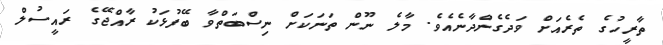
ތާރީހުގެ ތެރެއަށް ވަދެގެންދާނެއެވެ. މާލެ ނޫން ތަނަކަށް ނިސްބަތްވާ ބޭފުޅަކު ރާއްޖޭގެ ރައީސުލް